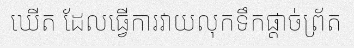
ឃើត ដែលធ្វើការវាយលុកទឹកផ្តាច់ព្រ័ត